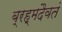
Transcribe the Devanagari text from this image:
ब्रह्मदैवतं